Report of the Municipal Commissioner on the plague in Bombay for the year ending 31st May... - Volume 1
Disease focus: Plague
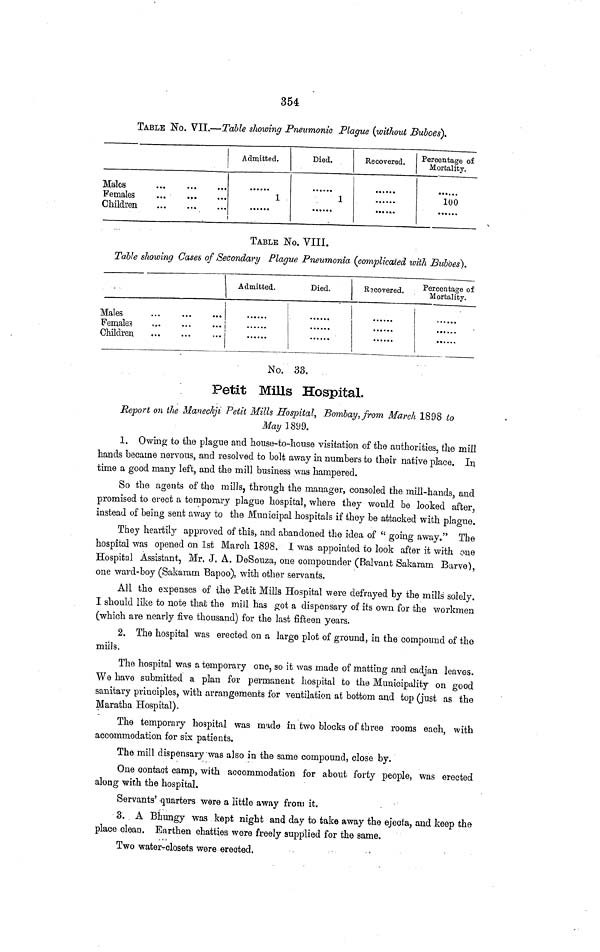
354
TABLE No. VII.—Table showing Pneumonic Plague (without Buboes).
Males
Females
Children
...
...
...
Admitted.
1
Died.
1
......
Recovered.
... ...
Percentage of
Mortality.
100
······
TABLE No. VIII.
Table showing Cases of Secondary Plague Pneumonia (complicated with Buboes).
Males
Females
Children
·*»
...
...
...
...
...
Admitted.
Died.
Rscovered.
Percentage of
Mortality.
......
No. 33.
Petit Mills Hospital.
Report on the Manechji Petit Mills Hospital, Bombay, from March 1898 to
May 1899.
1. Owing to the plague and house-to-house visitation of the authorities, the mill
hands became nervous, and resolved to bolt away in numbers to their native place. In
time a good many left, and the mill business was hampered.
So the agents of the mills, through the manager, consoled the. mill-hands, and
promised to erect a temporary plague hospital, where they wonld be looked after,
instead of being sent a\vay to the Municipal hospitals if they be attacked with plague.
They heartily approved of this, and abandoned the idea of "going away." The
hospital was opened on 1st March 1898. I was appointed to look after it with one
Hospital Assistant, Mr. J. A. DeSouza, one compounder (Balvant Sakaram Barve),
one ward-boy (Sakaram Bapoo), with other servants.
All the expenses of the Petit Mills Hospital were defrayed by the mills solely.
I should like to note that the mill has got a dispensary of its own for the workmen
(which are nearly five thousand) for the last fifteen years.
2. The hospital was erected on a large plot of ground, in the compound of the
mills.
The hospital was a temporary one, so it was made of matting and cadjan leaves.
We have submitted a plan for permanent hospital to the Municipality on good
sanitary principles, with arrangements for ventilation at bottom and top (just as the
Maratha Hospital).
The temporary hospital was made in two blocks of three rooms each, with
accommodation for six patients.
The mill dispensary was also in the same compound, close by.
One contact camp, with accommodation for about forty people, was erected
along with the hospital.
Servants' quarters were a little away from it.
3. A Bhungy was kept night and day to take away the ejects, and keep the
place clean. Earthen chatties were freely supplied for the same.
Two water-closets were erected.